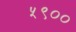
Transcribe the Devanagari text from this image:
५९००